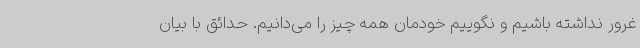
غرور نداشته باشیم و نگوییم خودمان همه چیز را می‌دانیم. حدائق با بیان